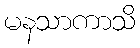
မနသာကာသိ